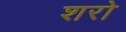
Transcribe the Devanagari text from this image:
शरो